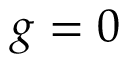
g = 0